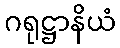
ဂရုဋ္ဌာနိယံ